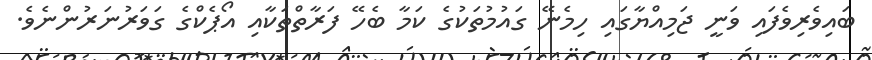
ބައިވެރިވެފައި ވަނީ ޖަމިއްޔާގައި ހިމެނޭ ގައުމުތަކުގެ ކަމާ ބެހޭ ފަރާތްތަކާއި އޯޕެކްގެ ގަވަރުނަރުންނެވެ.